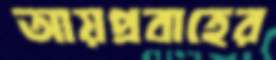
আয়প্রবাহের